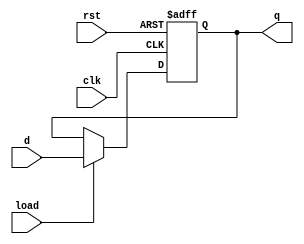
module register_neg_edge #(parameter n = 32) (
    input clk,
    input rst,
    input load,
    input [n - 1:0] d,
    output reg [n - 1:0] q
    );
       
    always @(negedge clk, posedge rst) begin
        if(rst) 
            q <= 0;
        else
            if(load)
                q <= d;
            else
                q <= q;
    end

endmodule